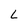
Character: L